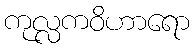
ကုလ္လကဝိဟာရော